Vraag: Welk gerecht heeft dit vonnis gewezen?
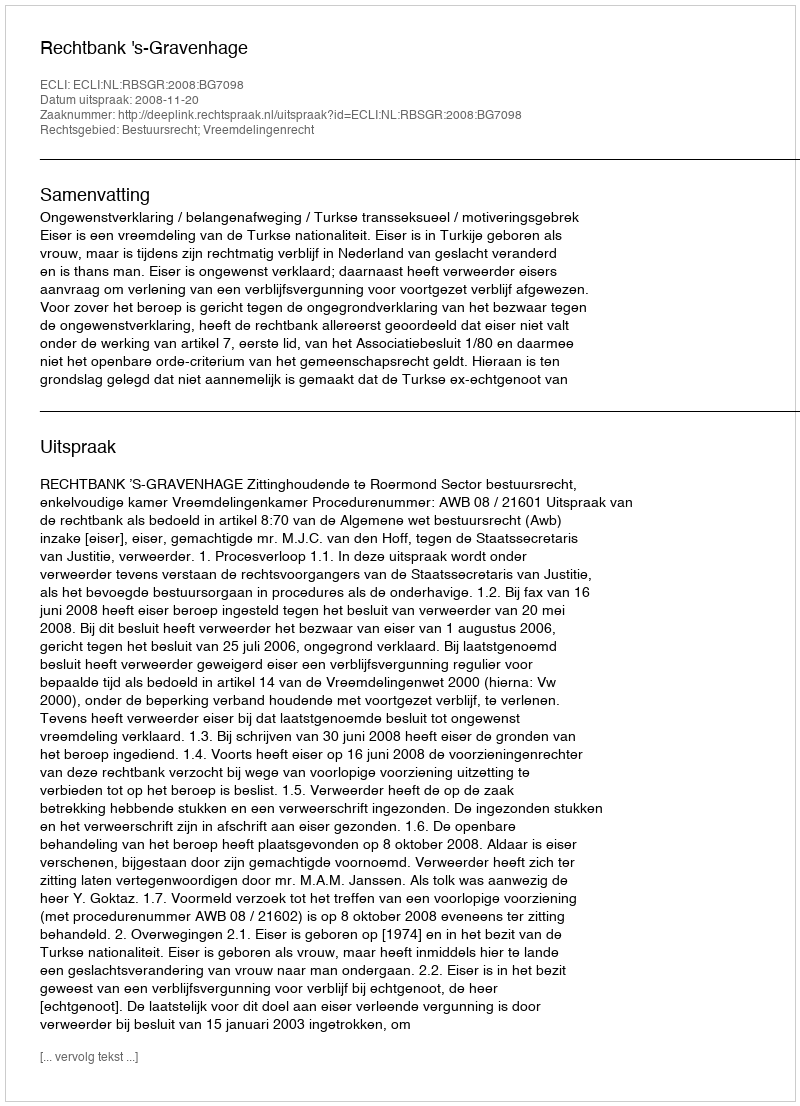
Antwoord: Rechtbank 's-Gravenhage